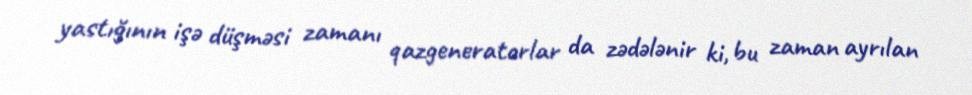
yastığının işə düşməsi zamanı qazgeneratorlar da zədələnir ki, bu zaman ayrılan